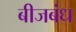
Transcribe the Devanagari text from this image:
बीजबंध